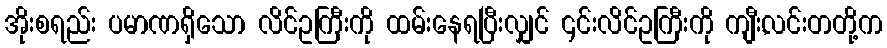
အိုးစရည်း ပမာဏရှိသော လိင်ဥကြီးကို ထမ်းနေရပြီးလျှင် ၎င်းလိင်ဥကြီးကို ကျီး,လင်းတတို့က